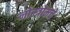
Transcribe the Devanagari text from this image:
नोस्त्रोमचे